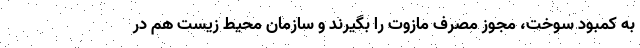
به کمبود سوخت، مجوز مصرف مازوت را بگیرند و سازمان محیط زیست هم در